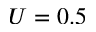
U = 0 . 5